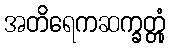
အတိရေကဆက္ခတ္တုံ